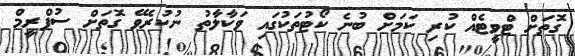
ގޮތަށް ޓްވީޓެއް ކުރި ކަމަށް ބުނެ ކޯޓުތަކުގައި ވަކާލާތު ނުކުރެވޭ ގޮތަށް ސުޕްރީމް